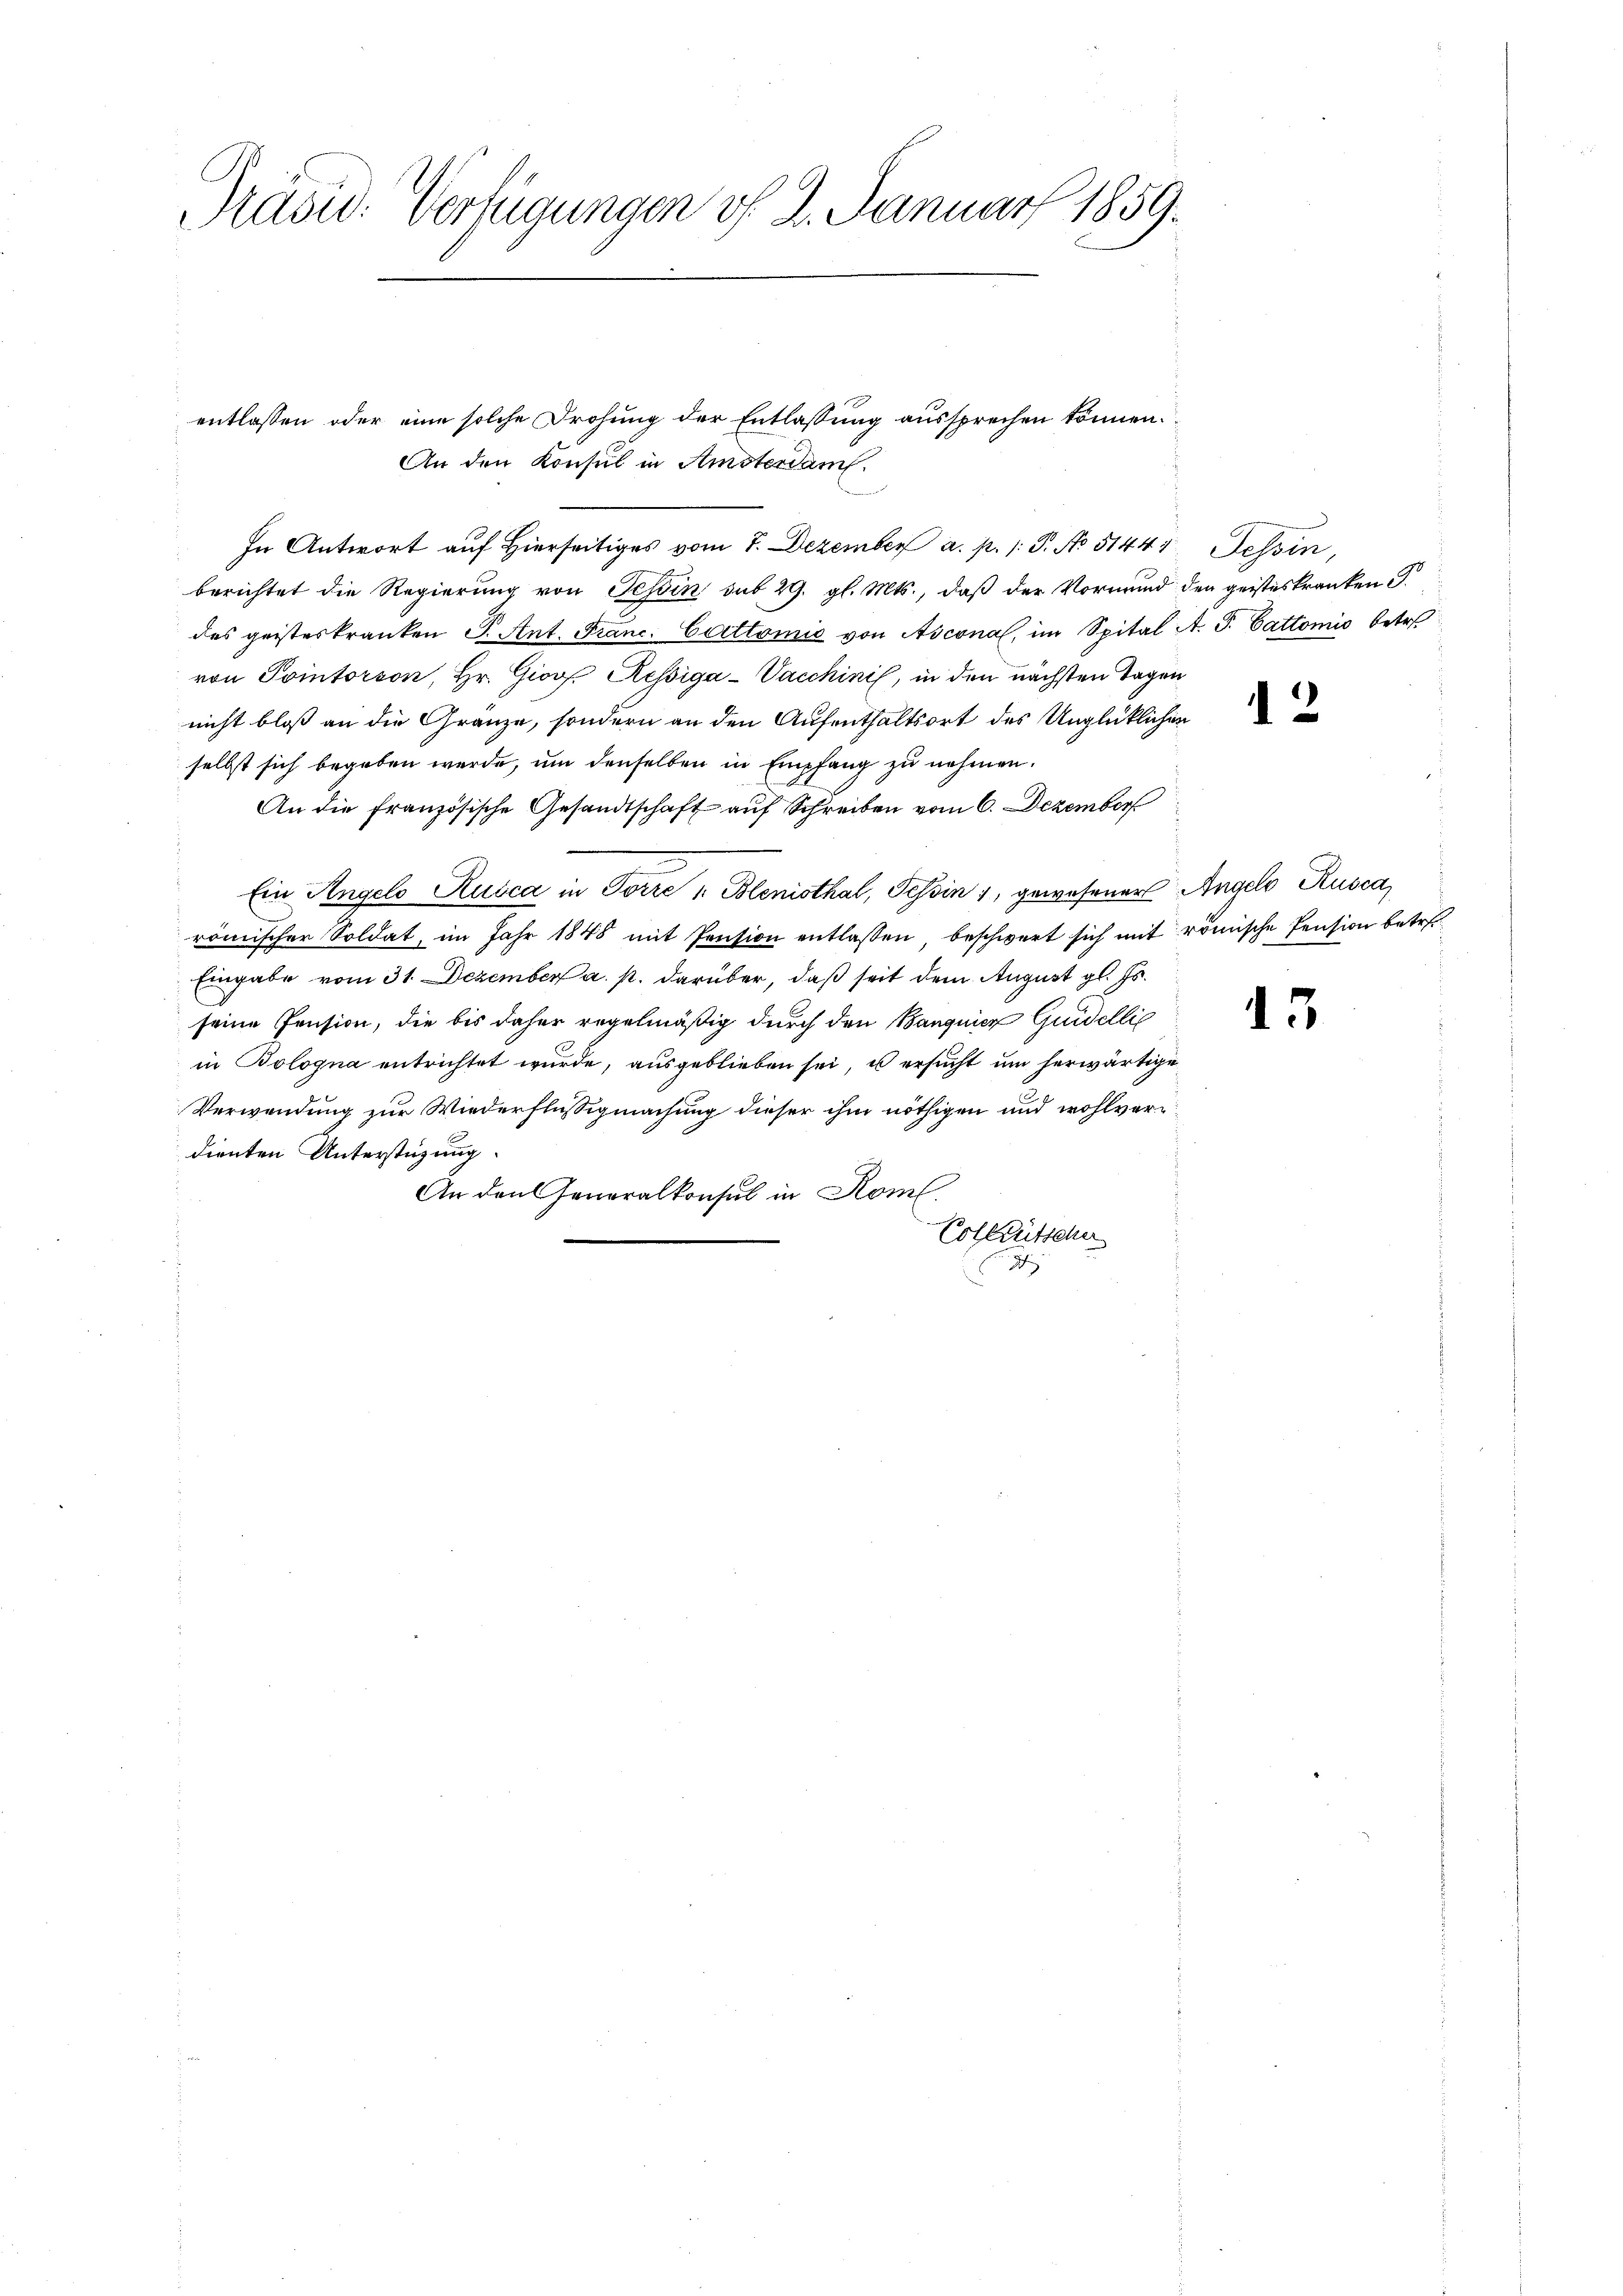
Präsid. Verfügungen v. 2. Januar 1859.

In Antwort auf Hierseitiges vom 7. Dezember a. p. 1. P. No 51441. Tessin,
berichtet die Regierung von Tessin sub 29. gl. Mts., daß der Vormund den geisteskranken S.
des geisteskranken S. Ant. Franc. Cattomie von Asconal, im Spital A. S. Cattomis betr.
von Pointerson, Hr. Giov Kessiga-Vacchinis, in den nächsten Tagen
nicht bloß an die Gränze, sondern an den Aufenthaltsort des Unglücklichen
selbst sich begeben werde, um denselben in Empfang zu nehmen.
An die französische Gesandtschaft auf Schreiben vom 6. Dezember
Ein Angelo Rusca in Torre u. Blenisthal, Tessin, gewesener Angelo Rusca,
römischer Soldat, im Jahr 1848 mit Pension entlassen, beschwert sich mit römische Pension betret
Eingabe vom 31. Dezember a. p. darüber, daß seit dem August gl. Js.
seine Pension, die bis daher regelmäßig durch den Banquier Quidellig
in Bologna entrichtet wurde, ausgeblieben sei, u ersucht um herwärtige
Verwendung zur Wiederflüssigmachung dieser ihm nöthigen und wohlverdienten Unterstüzung.
An den Generalkonsul in Rom.
Colleutschn

entlassen oder eine solche Drohung der Entlassung aussprechen können.
An den Konsul in Amsterdam.

12

13